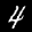
Label: 4